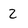
Character: 2